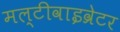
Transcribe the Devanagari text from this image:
मल्टीवाइव्रेटर